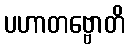
ပဟာတဗ္ဗောတိ